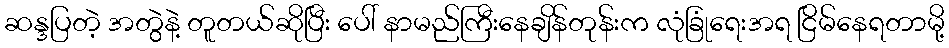
ဆန္ဒပြတဲ့ အတွဲနဲ့ တူတယ်ဆိုပြီး ပေါ် နာမည်ကြီးနေချိန်တုန်းက လုံခြုံရေးအရ ငြိမ်နေရတာမို့